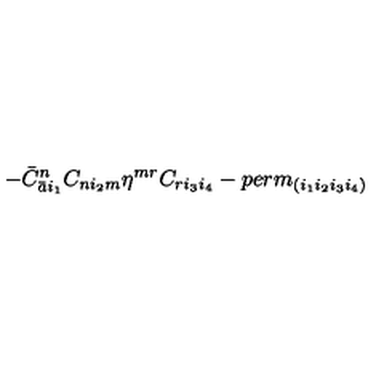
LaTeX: - { \bar { C } } _ { { \bar { a } } i _ { 1 } } ^ { n } C _ { n i _ { 2 } m } \eta ^ { m r } C _ { r i _ { 3 } i _ { 4 } } - p e r m _ { ( i _ { 1 } i _ { 2 } i _ { 3 } i _ { 4 } ) }